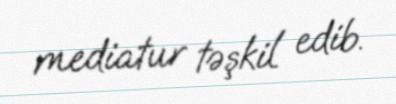
mediatur təşkil edib.